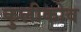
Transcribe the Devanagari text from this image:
कुलीकोव